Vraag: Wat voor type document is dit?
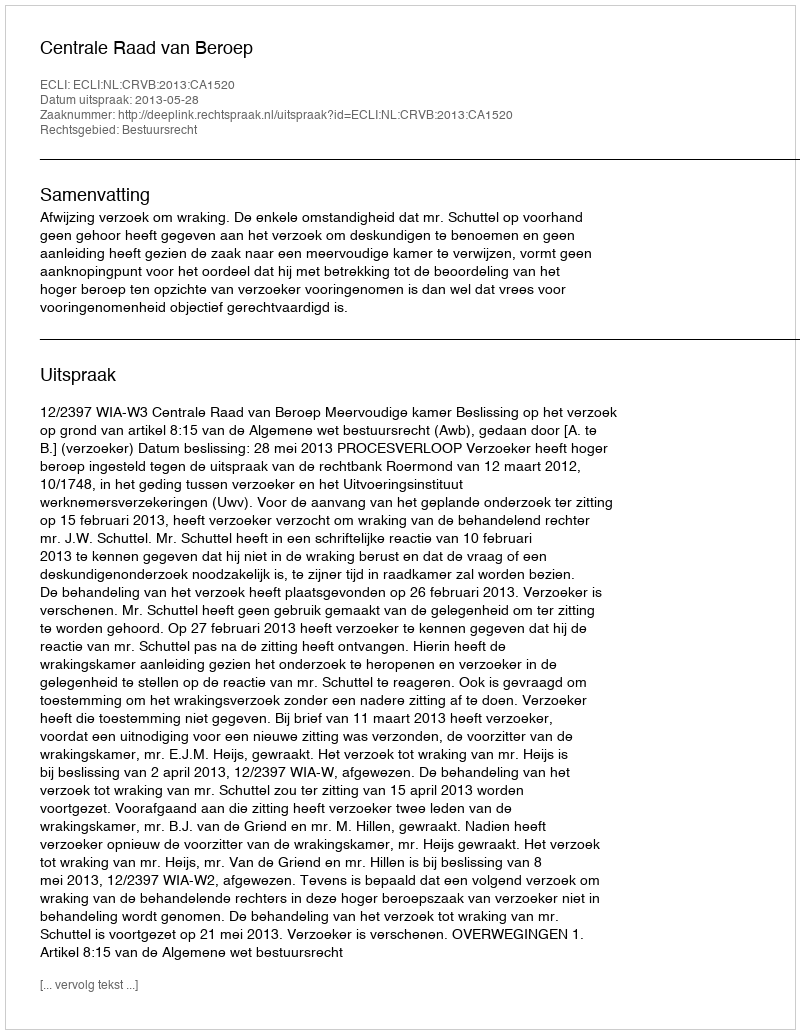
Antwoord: Uitspraak